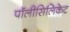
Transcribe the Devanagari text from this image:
पॉलीसिलिकेट